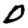
Digit: 0